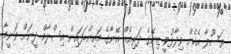
ރަސޫލާ އެހެން ވިދާޅުވީ ޒިނޭގެ ދަރިއެއް އޭނާގެ މައިންބަފައިން އިސްލާމް ދީނަށް ވަނީމާ